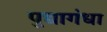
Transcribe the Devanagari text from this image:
पुद्यागंधा